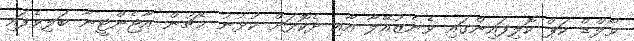
ވޯލްޑް ކަޕް ކޮލިފައިންގައި ވެނެޒުއޭލާ އާއި ދެކޮޅަށް ކުޅުނު މެޗުން އާޖެންޓީނާ ބަލިވެފައި